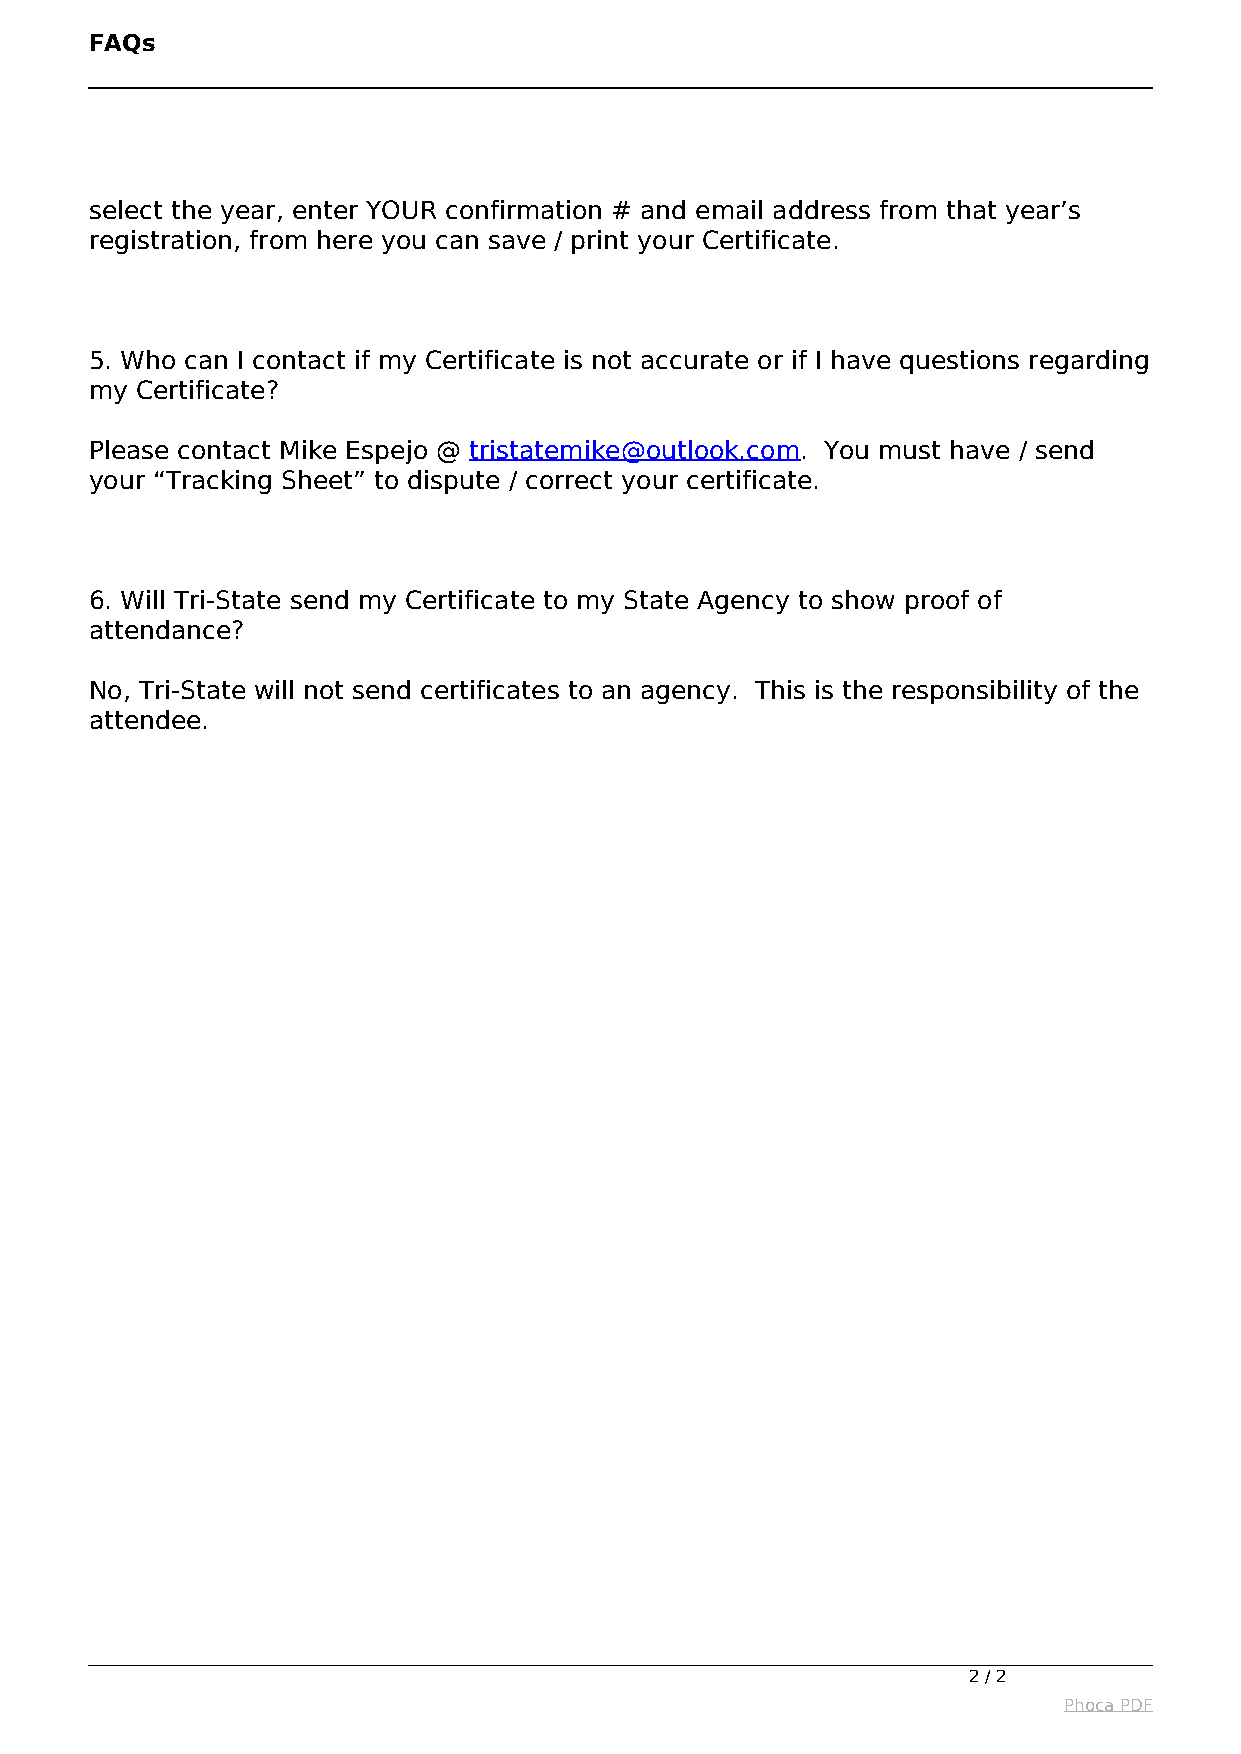
FAQs
 select the year, enter YOUR confirmation # and email address from that year’s
 registration, from here you can save / print your Certificate.
 5. Who can I contact if my Certificate is not accurate or if I have questions regarding
 my Certificate?
 Please contact Mike Espejo @ tristatemike@outlook.com. You must have / send
 your “Tracking Sheet” to dispute / correct your certificate.
 6. Will Tri-State send my Certificate to my State Agency to show proof of
 attendance?
 No, Tri-State will not send certificates to an agency. This is the responsibility of the
 attendee.
 2 / 2
 Phoca PDF
 Powered by TCPDF (www.tcpdf.org)